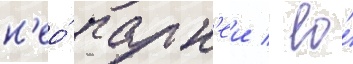
н'ео́ парн'еи / ео́